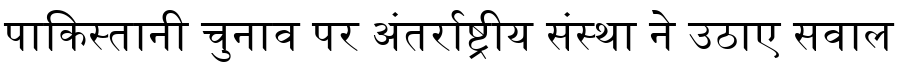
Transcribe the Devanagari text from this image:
पाकिस्तानी चुनाव पर अंतर्राष्ट्रीय संस्था ने उठाए सवाल